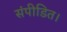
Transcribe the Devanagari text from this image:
संपीडित।